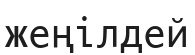
жеңілдей